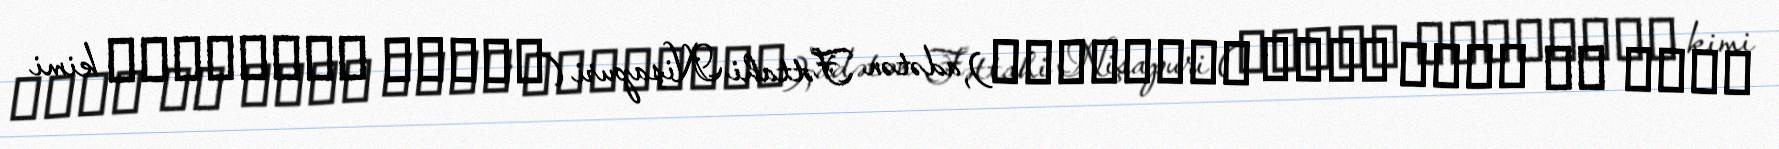
محمد بن یحیی سیبک نیشاپوری), adətən Fəttahi Nişapuri (فتاحی نیشاپوری kimi